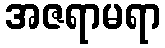
အဇရာမရာ